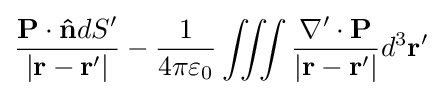
{\frac {\mathbf {P} \cdot \mathbf {\hat {n}} dS'}{|\mathbf {r} -\mathbf {r} '|}}-{\frac {1}{4\pi \varepsilon _{0}}}\iiint {\frac {\nabla '\cdot \mathbf {P} }{|\mathbf {r} -\mathbf {r} '|}}d^{3}\mathbf {r'}